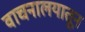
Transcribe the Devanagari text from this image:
वाचनालयातून